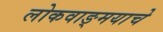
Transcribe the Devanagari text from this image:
लोकवाङ्मयाचे